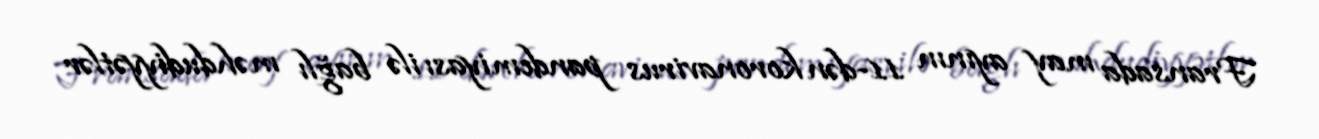
Fransada may ayının 11-dən koronavirus pandemiyası ilə bağlı məhdudiyyətlər